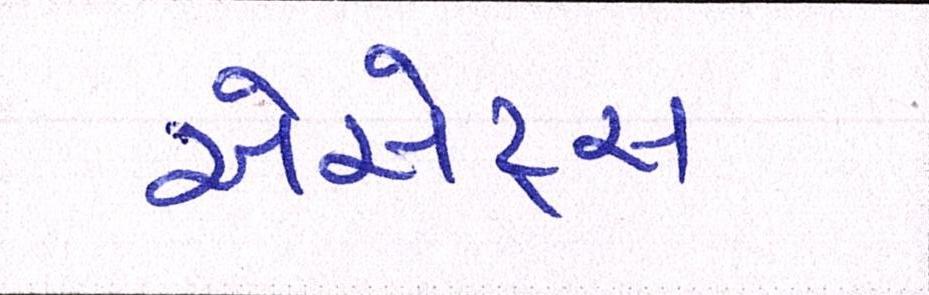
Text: એસેટ્સ